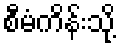
စီမံကိန်းသို့